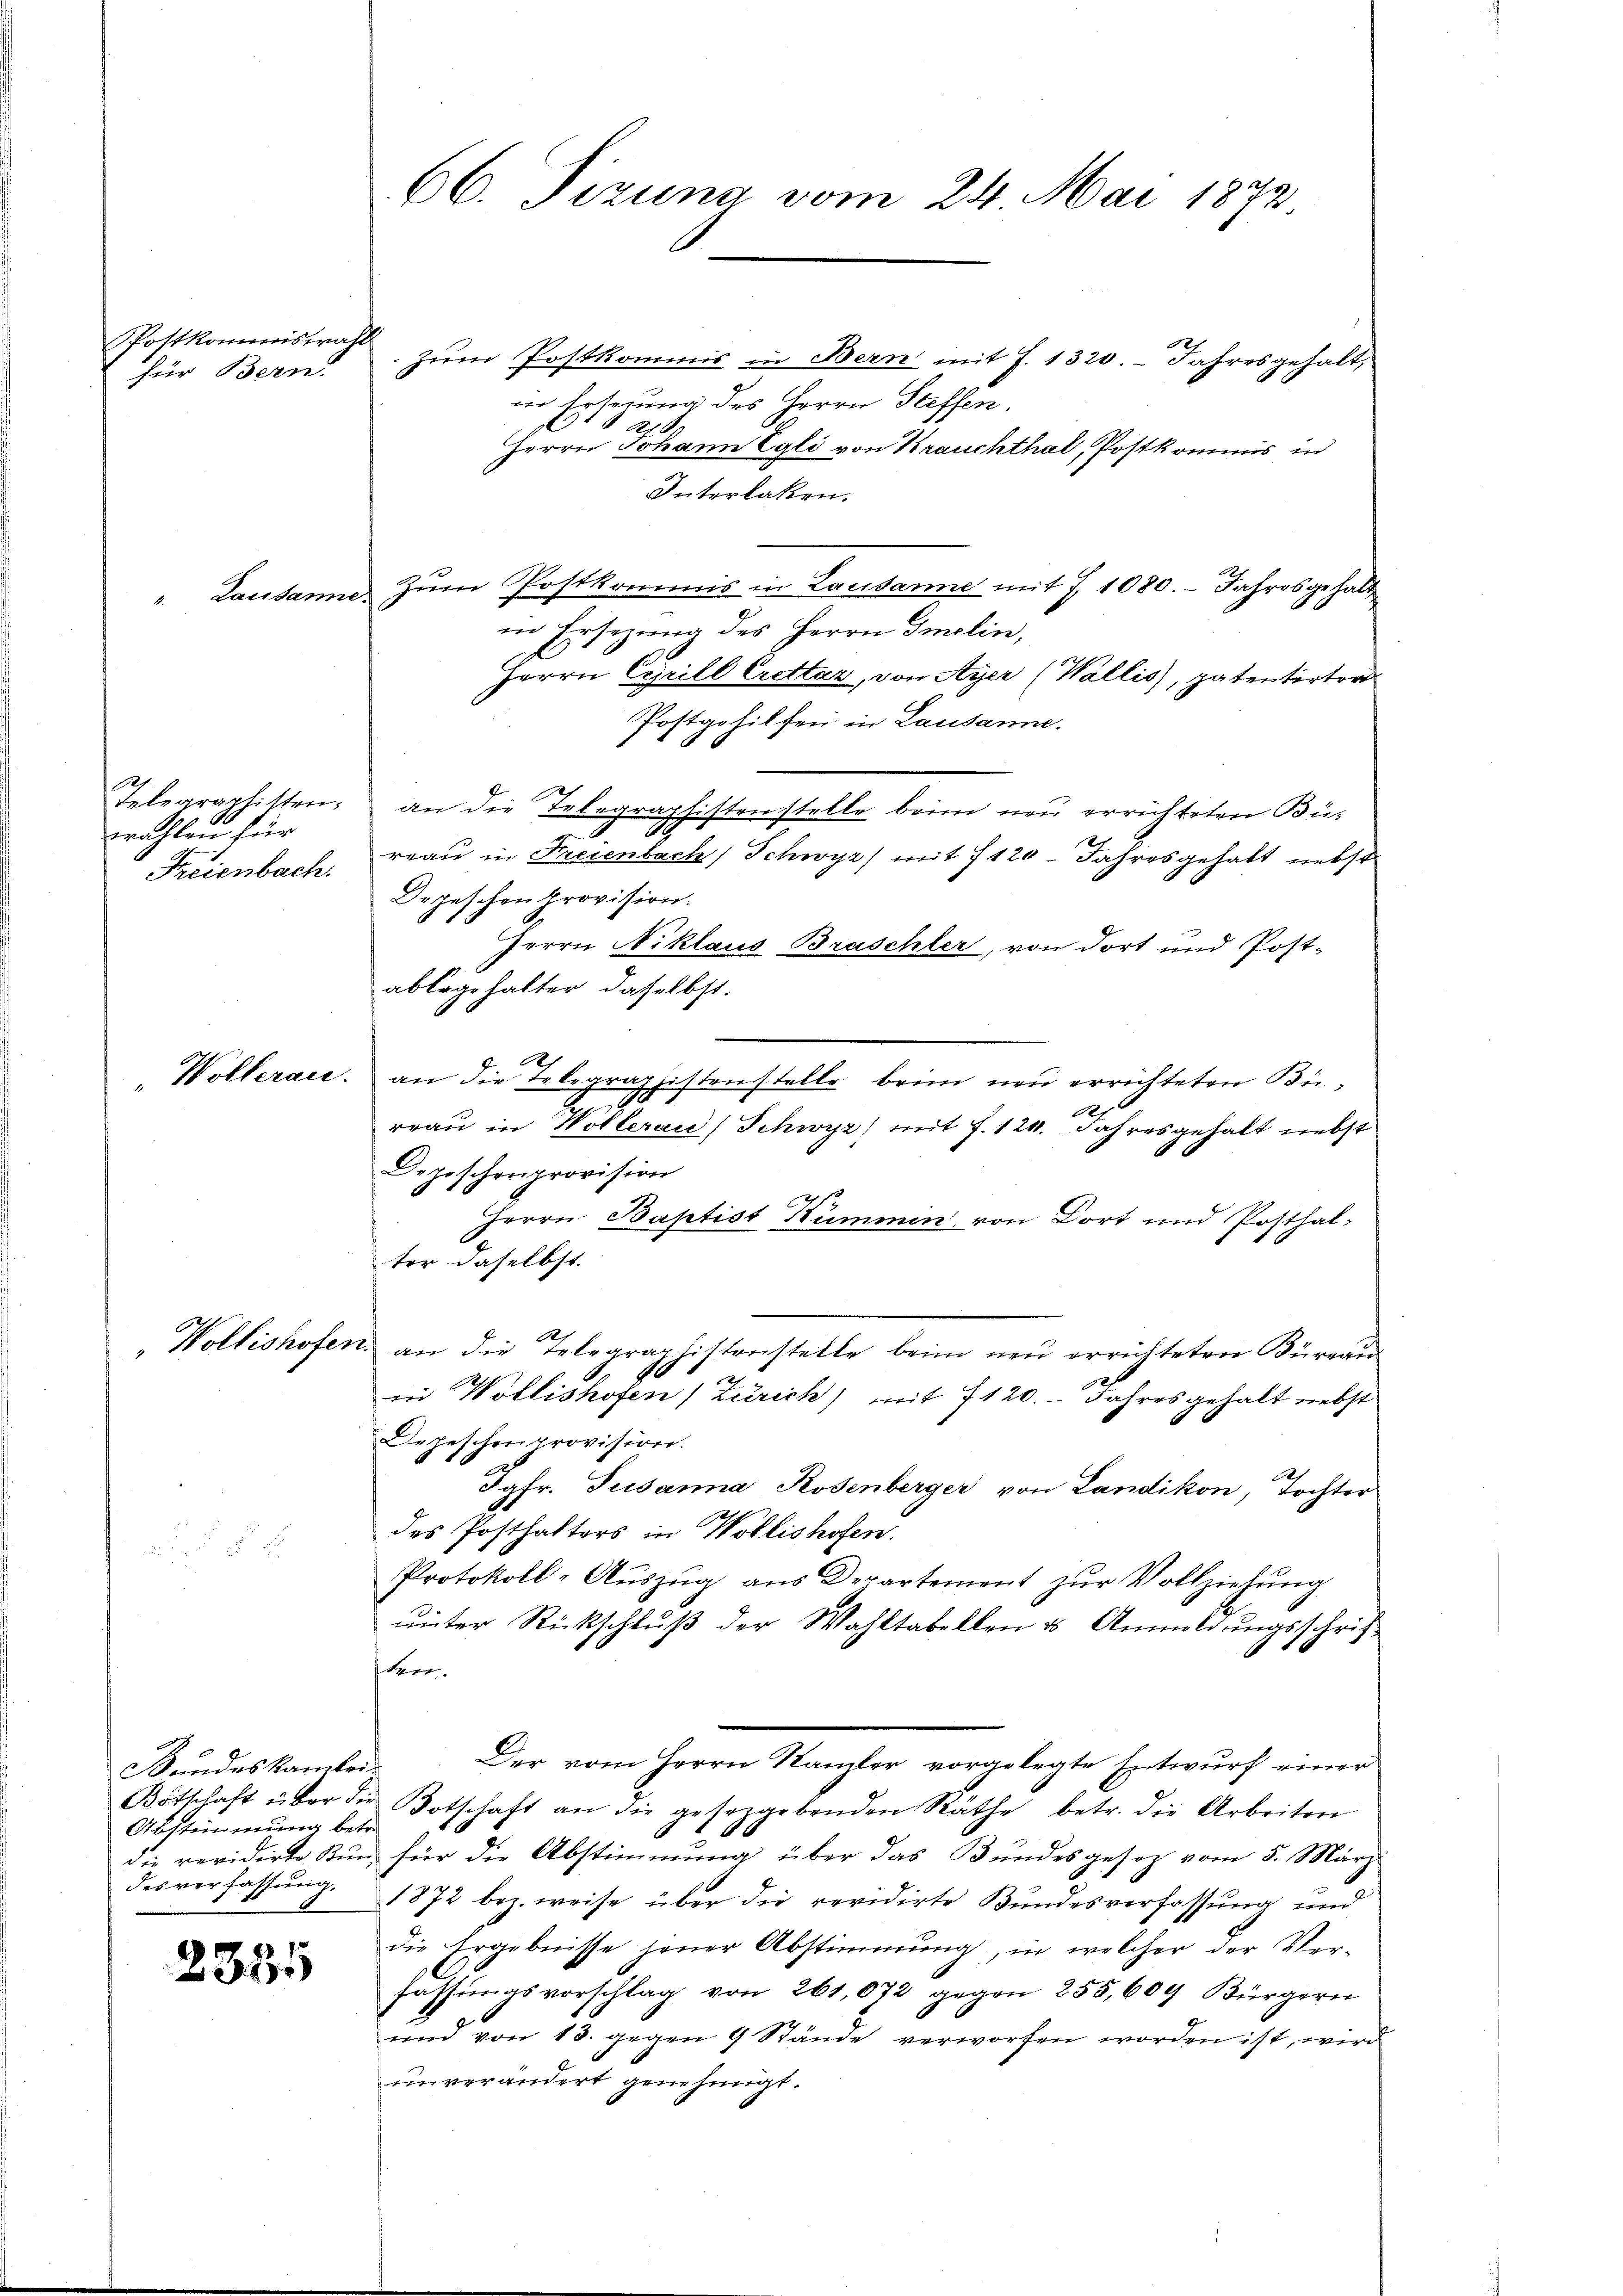
Postkommiswahl
für Bern.

4

Lausanne.

12
Telegraplitten.
wahlen für
Freienbach.

Bundes kantei-
Abstimmung betre
des verfassung.

2335

66. Fizung vom 24. Mai 1872

zum Postkommis in Bern mit J. 1320. Jahresgehalt,
in Erseuung des Herrn Steffen.
l
2
Herrn Johann Egli von Krauchthal, Postkommis in
Interlaken.
Zŭm Postkommis in Lausanne mit 7. 1080. Jahresgehalt
in Ersezung des Herrn Imolin,
Herrn Cyrill Crettaz, von Ayer (Wallis, patentirter
Postgehilfen in Lausanne.
an die Telegraphistenstelle beim neu errichteten Bü¬
1
reau in Freienbach Schwyz) mit 1120. Jahresgehalt nebst
Depeschenprovision.
Herrn Niklaus Braschler, von dort und Post-
ablagehalter daselbst.
h
Wölleran. an die Telegraphistenstelle beim neu errichteten Bü¬
.
2.
e
rrau in Wolleraie Schwyz) mit f. 124. Jahresgehalt nebst
Depischenprovision
Herrn Baptist Kummen von Dort und Posthalter daselbst.
m
2
Wollishofen an die Telegraphistenstelle beim neu errichteten Büreau
.
e
in Wollishofen (Zürich) mit 7120. Jahres gehalt nebst
Depeschenprovision.
Jgfr. Susanna Rosenberger von Landikon, Tochter
des Posthalters in Wollishofen.
Protokoll-Aŭszŭg ans Departement zŭr Vollziehŭng
unter Rückschluß der Wahltabellen u. Anmeldungsschrif¬
Spre
Der vom Herrn Kanzler vorgelegte Entwurf einer
Bötschaft über die Botschaft an die gesetzgebenden Räthe betr. die Arbeiten
die revidirte Kŭn für die Abstimmung über das Bŭndesgesetz vom 5. März
1872 bez. weise über die revidirte Bundesverfassung und
die Ergebnisse jener Abstimmung, in welcher der Ver-
fassungsvorschlag von 261,072 gegen 255,609 Bürgern
und von 13. gegen 9 Stände verworfen worden ist, wird
unverändert genehmigt.